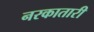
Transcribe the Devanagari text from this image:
नरकातारी